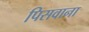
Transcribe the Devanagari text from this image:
पिसवाना